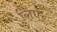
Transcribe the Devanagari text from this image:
लिए॰